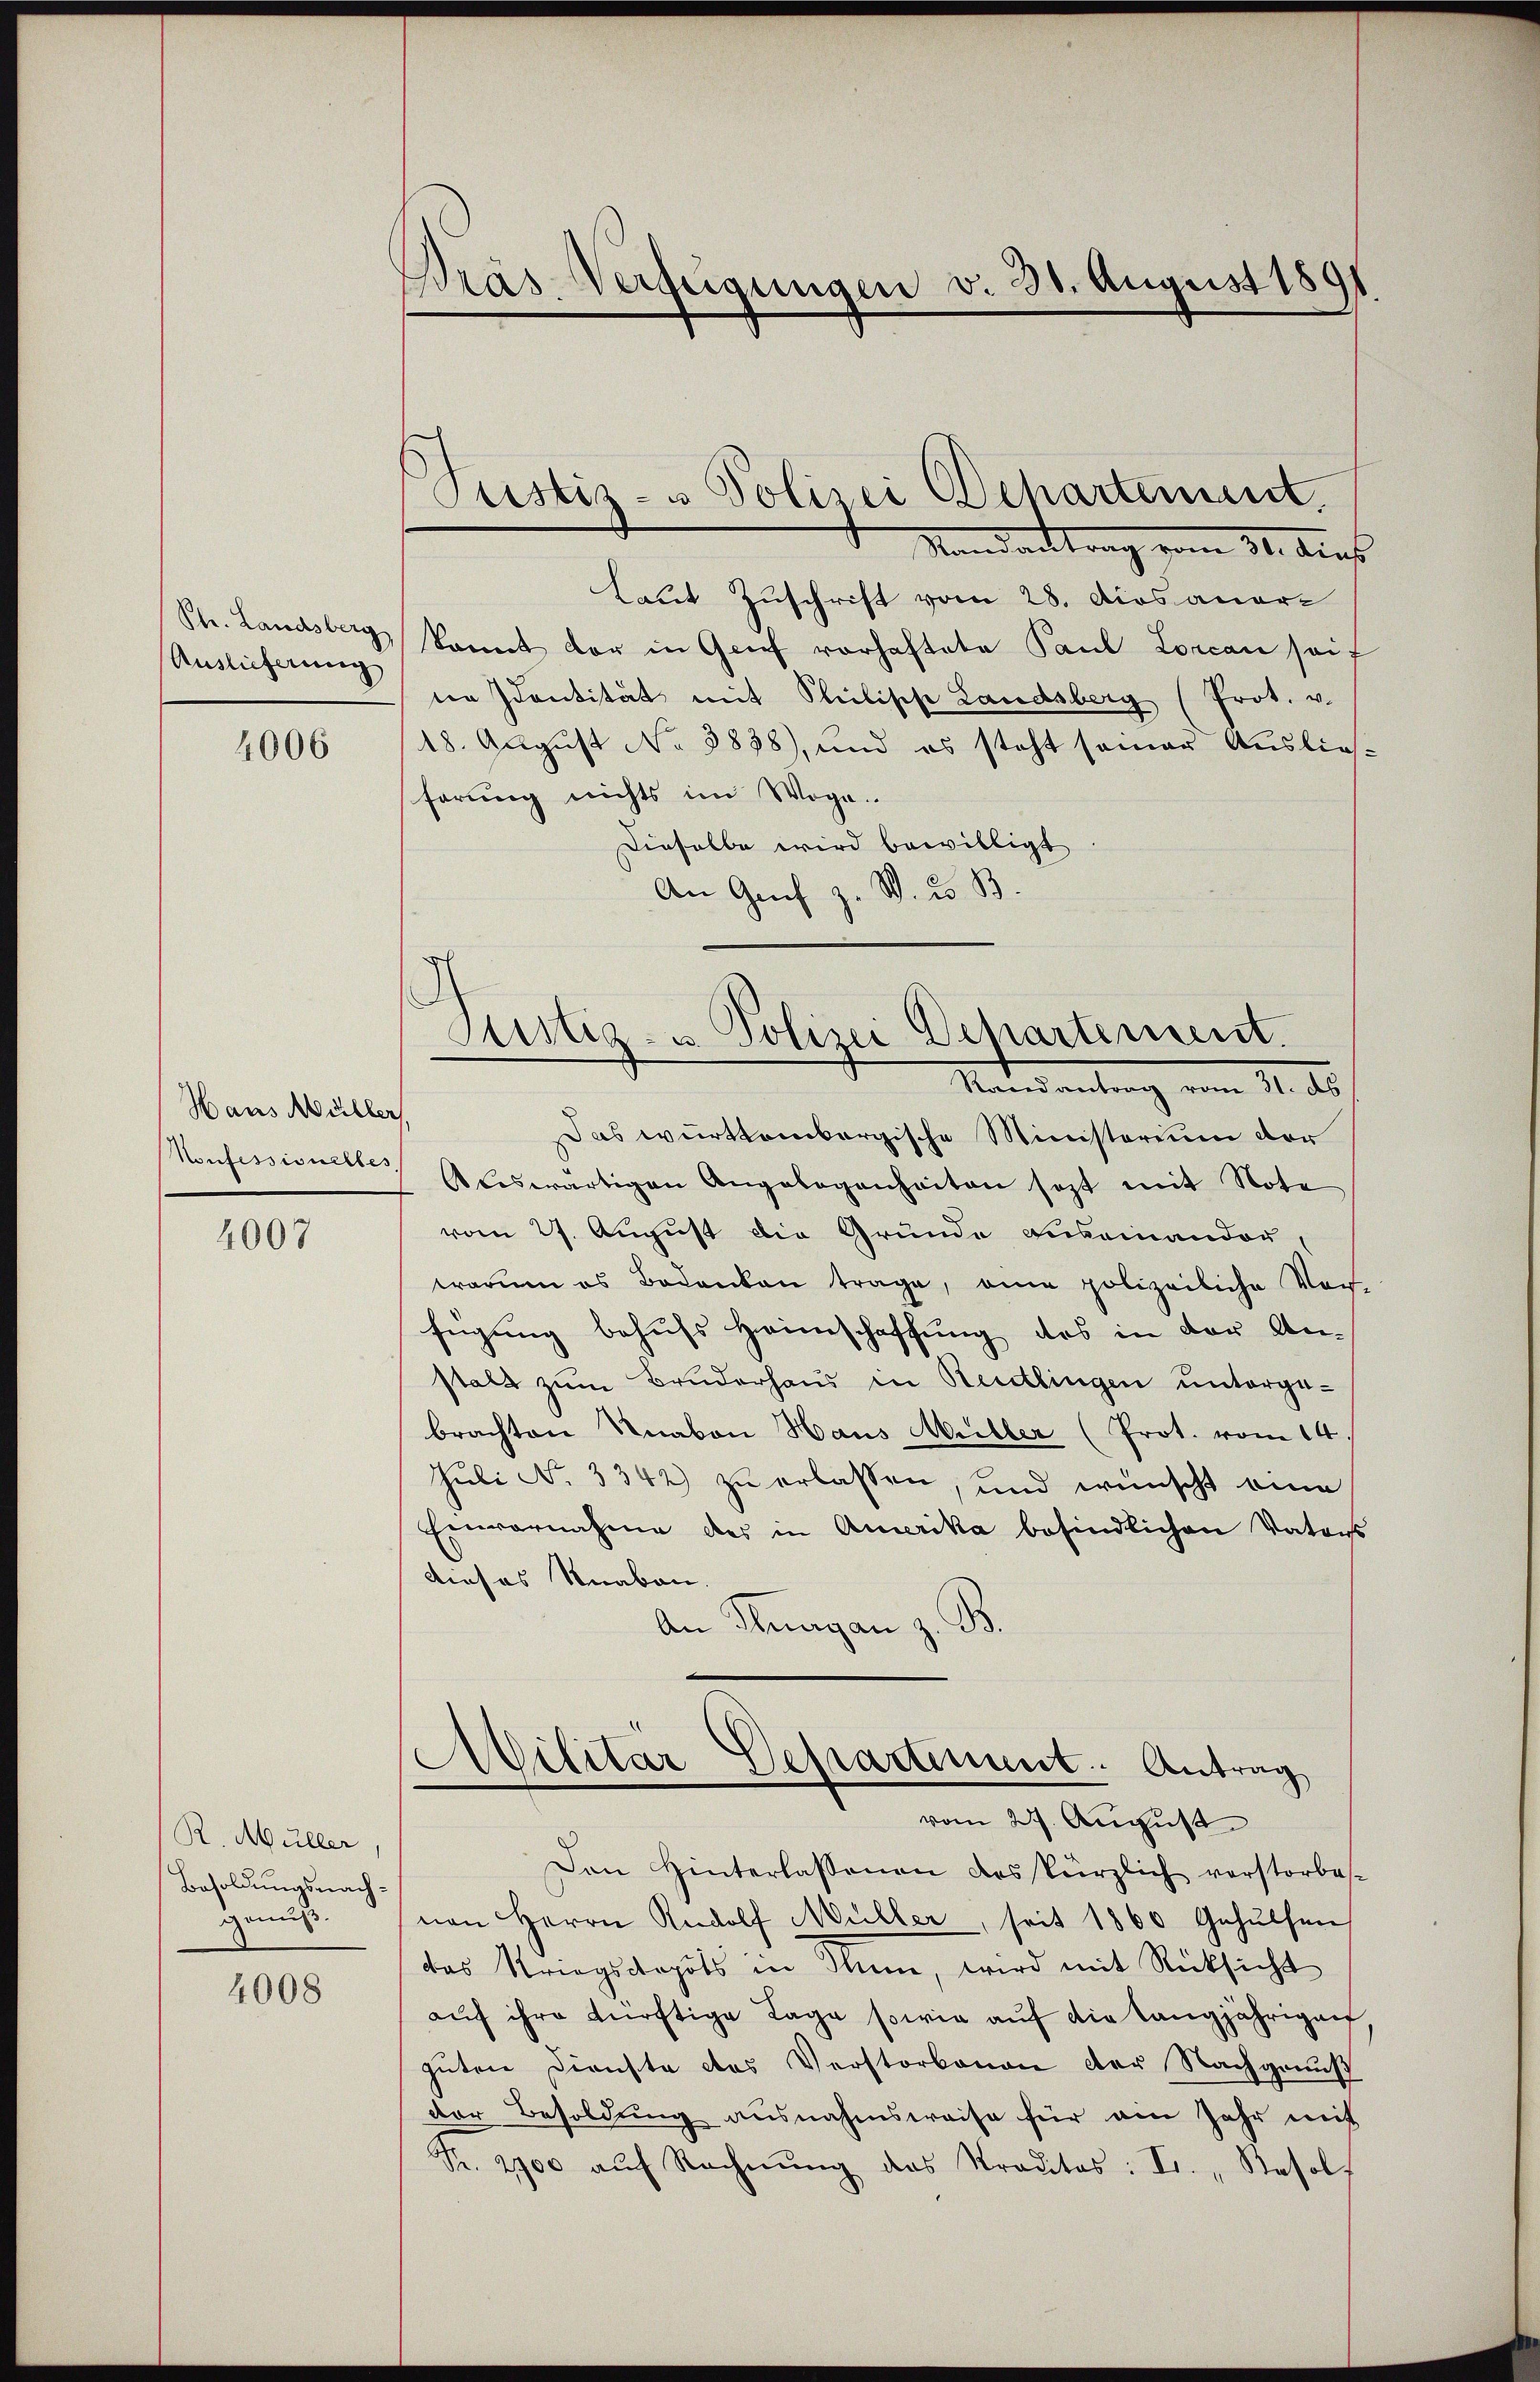
Ph. Landsberg
Auslieferung

4006

Hans Müller,
Nonfessionelles

4007

R. Müller,
Besoldungsnachgenug.

4008

Dräs-Verfügungen v. 30. August 189

Justiz- & Polizei Departement.

Mandanttrag vom 31. Dies
Laut Zuschrift vom 28. Dios aner-
konnt der in Grief vorhaftete Paul Lorcan seit
ne Identität mit Plübische Landsberg (Prot. v.
18. August No 8838), und es steht semar Auslief-
förung nichts im Woge.
Dieselbe wird bewilligt
An Genf z. B. 2. B.

Gustiz- u. Polizei Departement.
Mandantrag vom 1. ds.

Das württembergische Ministerium der
Auswärtigen Angelegenheiten sezt mit Note
vom 27. August die Grunde Auseinandor
trarum es Bedanken trage, eine polizeiliche Ver-
fügung behufs Heimschaffung des in der An-
stalt zum Bruderhaus in Reutlingen untergebrachten Knaben Haus Meiller (Prot. vom 14
Juli No 3342) zu erlassen, und wünscht eine
Einvernahme des in Amerika befindlichen Vaters
dieses Knaben.
An Kurgan z. B.
Militär Departement. Antrag
vom 27. August
Den Hinterlassenen das kürzlich verstorbes-
nen Herrn Rudolf Müller, seit 1860 Gehülfen
das Kriegsstapots in Sinn, wird mit Rücksicht
aŭf ihre dürftige Tage sowie aŭf die langjährigen,
guten Dienste des Verstorbenen der Nachgenuß
der Besoldung ausnahmsweise für ein Jahr mit
Fr. 2700 aŭf Rechnŭng des Straditas: Fr., Resol